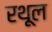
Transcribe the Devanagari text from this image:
रथूल